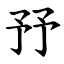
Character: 㐨